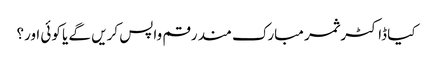
کیا ڈاکٹر ثمر مبارک مند رقم واپس کریں گے یا کوئی اور؟